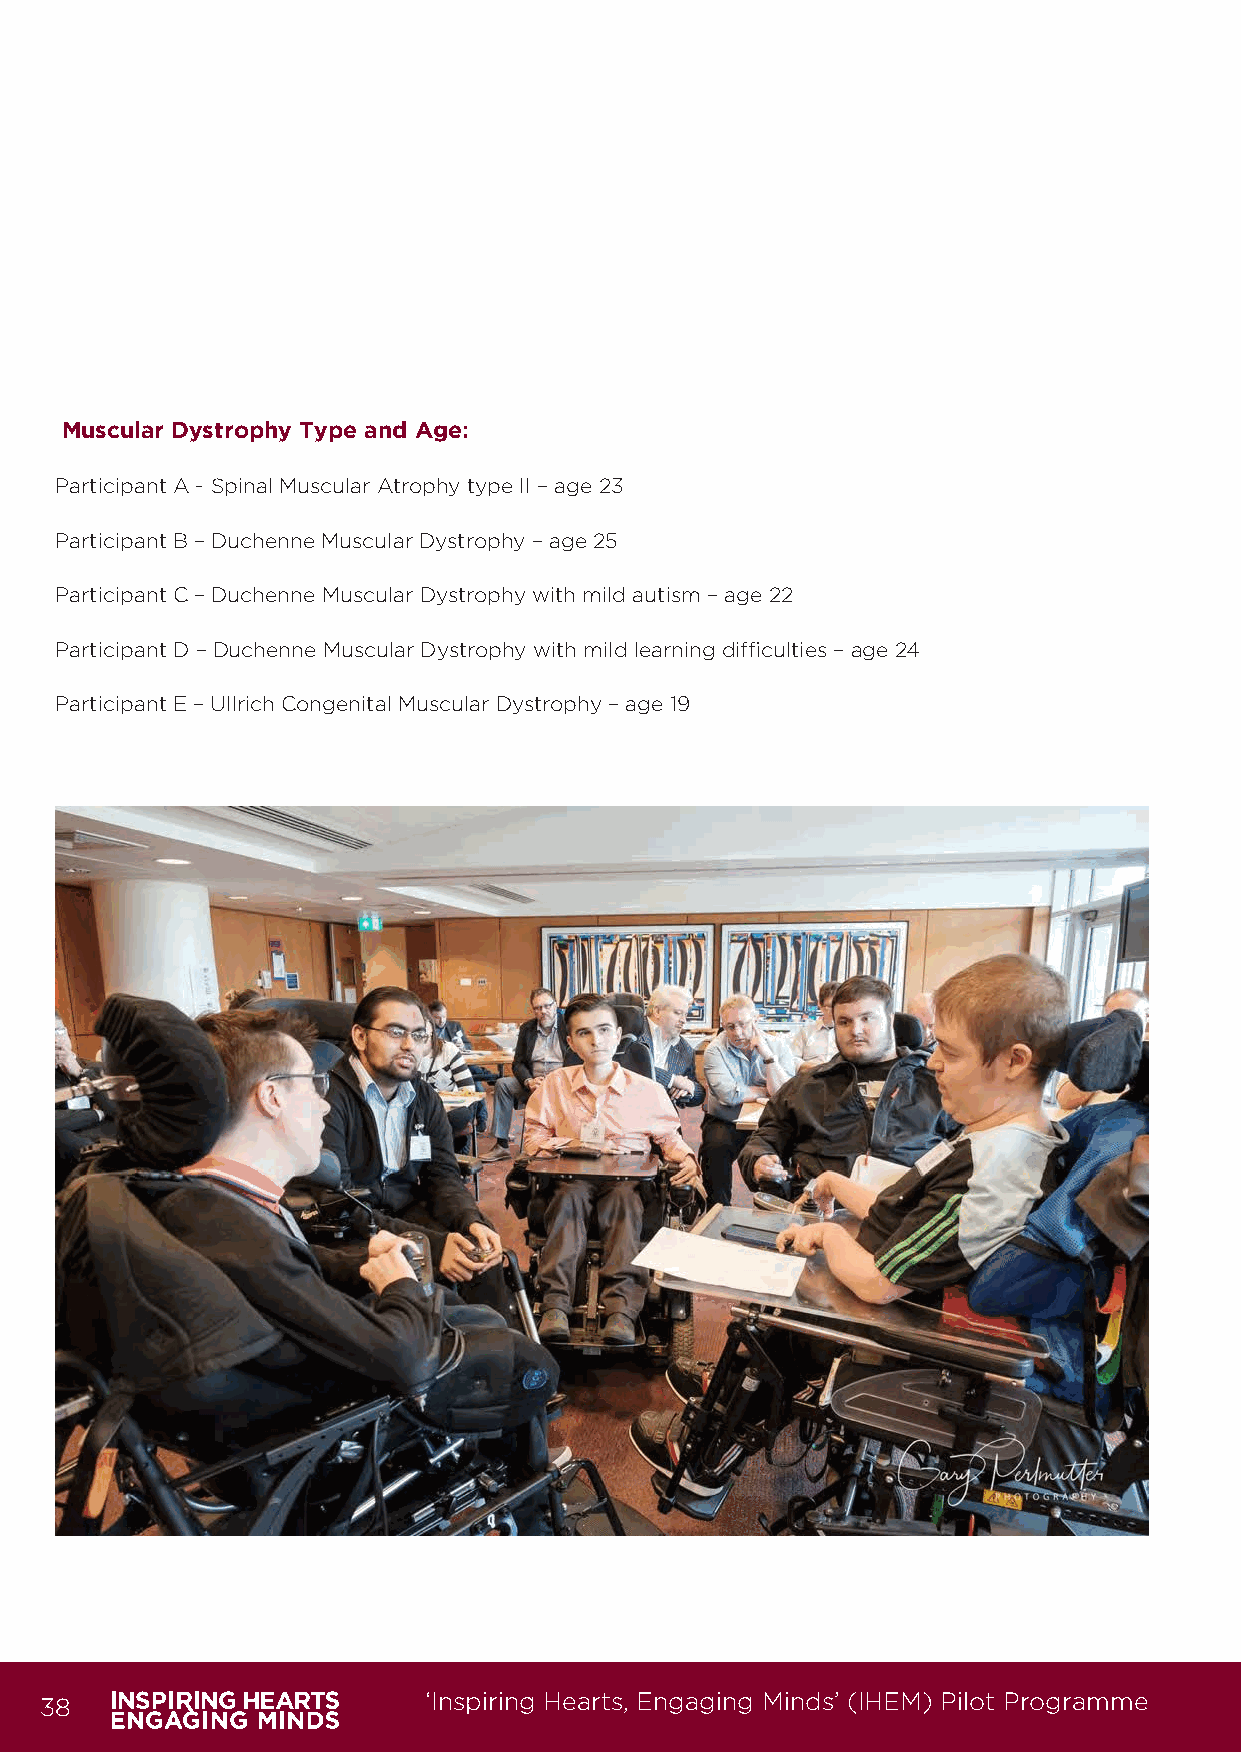
Muscular Dystrophy Type and Age:
 Participant A - Spinal Muscular Atrophy type II – age 23
 Participant B – Duchenne Muscular Dystrophy – age 25
 Participant C – Duchenne Muscular Dystrophy with mild autism – age 22
 Participant D – Duchenne Muscular Dystrophy with mild learning difficulties – age 24
 Participant E – Ullrich Congenital Muscular Dystrophy – age 19
 38                       ‘Inspiring Hearts, Engaging Minds’ (IHEM) Pilot Programme
 IHEM-Evaluation-Summary-Report_Brand Compliant.indd 38                  29/09/2020 06:59:27